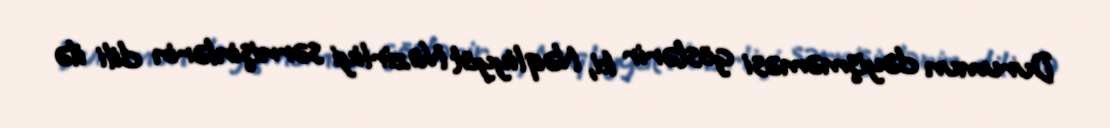
Durumun dəyişməməsi göstərir ki, Nəqliyyat Nazirliyi sərnişinlərin dili ilə